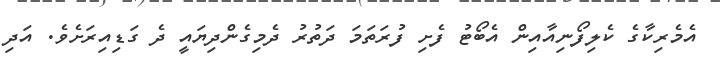
އެމެރިކާގެ ކެލިފޯނިއާއިން އެބޯޓު ފެށި ފުރަތަމަ ދަތުރު ދެމިގެންދިޔައީ ދެ ގަޑިއިރަށެވެ. އަދި